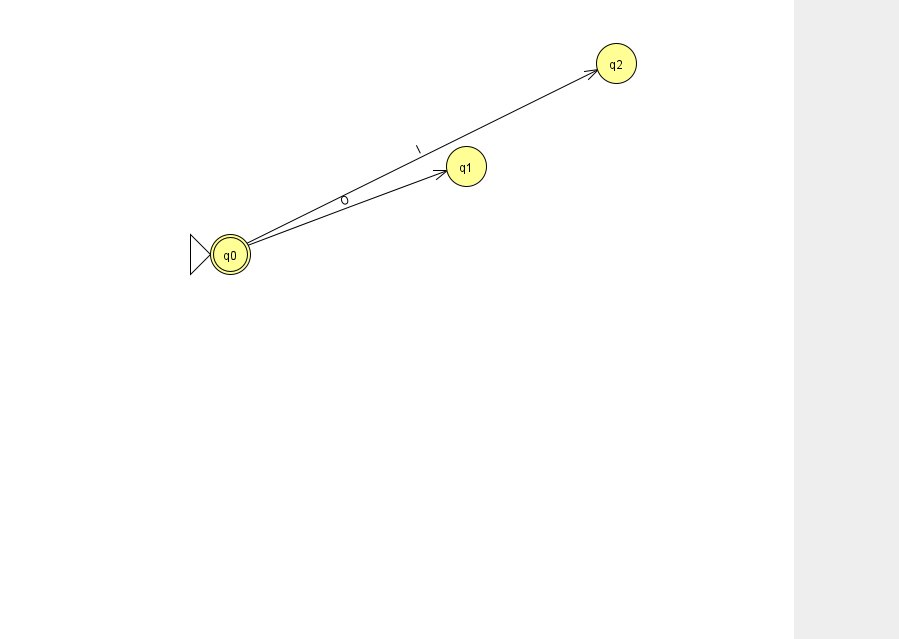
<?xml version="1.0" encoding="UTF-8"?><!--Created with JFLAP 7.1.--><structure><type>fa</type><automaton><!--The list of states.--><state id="0" name="q0"><x>230.0</x><y>241.0</y><initial/><final/></state><state id="1" name="q1"><x>466.0</x><y>153.0</y></state><state id="2" name="q2"><x>616.0</x><y>50.0</y></state><!--The list of transitions.--><transition><from>0</from><to>2</to><read>l</read></transition><transition><from>0</from><to>1</to><read>O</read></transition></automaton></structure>